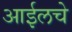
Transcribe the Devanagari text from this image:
आईलचे